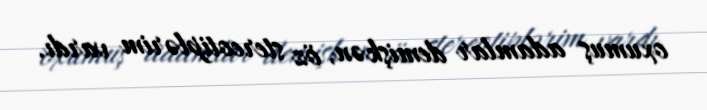
oxumuş adamlar demişkən, öz stereotiplərim vardı.